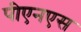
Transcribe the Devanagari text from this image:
पीएनएस